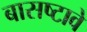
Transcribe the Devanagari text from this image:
बासष्टावे